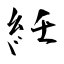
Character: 紝